Annual report on the Civil Veterinary Department, Burma (including the Insein Veterinary School) - 1910-1922
Year: 1910
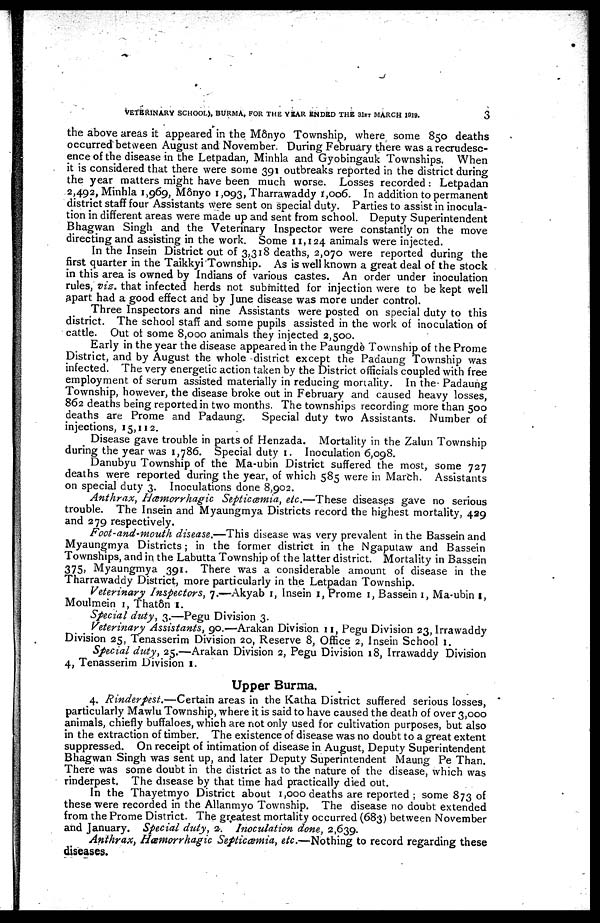
VETERINARY SCHOOL), BURMA, FOR THE YEAR ENDED THE 31ST MARCH 1910.
3
the above areas it appeared in the Mônyo Township, where some 850 deaths
occurred between August and November. During February there was a recrudesc-
ence of the disease in the Letpadan, Minhla and Gyobingauk Townships. When
it is considered that there were some 391 outbreaks reported in the district during
the year matters might have been much worse. Losses recorded: Letpadan
2,492, Minhla 1,969, Mônyo 1,093, Tharrawaddy 1,006. In addition to permanent
district staff four Assistants were sent on special duty. Parties to assist in inocula-
tion in different areas were made up and sent from school. Deputy Superintendent
Bhagwan Singh and the Veterinary Inspector were constantly on the move
directing and assisting in the work. Some 11,124 animals were injected.
In the Insein District out of 3,318 deaths, 2,070 were reported during the
first quarter in the Taikkyi Township. As is well known a great deal of the stock
in this area is owned by Indians of various castes. An order under inoculation
rules, viz. that infected herds not submitted for injection were to be kept well
apart had a good effect and by June disease was more under control.
Three Inspectors and nine Assistants were posted on special duty to this
district. The school staff and some pupils assisted in the work of inoculation of
cattle. Out of some 8,000 animals they injected 2,500.
Early in the year the disease appeared in the Paungdè Township of the Prome
District, and by August the whole district except the Padaung Township was
infected. The very energetic action taken by the District officials coupled with free
employment of serum assisted materially in reducing mortality. In the Padaung
Township, however, the disease broke out in February and caused heavy losses,
862 deaths being reported in two months. The townships recording more than 500
deaths are Prome and Padaung. Special duty two Assistants. Number of
injections, 15,112.
Disease gave trouble in parts of Henzada. Mortality in the Zalun Township
during the year was 1,786. Special duty 1. Inoculation 6,098.
Danubyu Township of the Ma.ubin District suffered the most, some 727
deaths were reported during the year, of which 585 were in March. Assistants
on special duty 3. Inoculations done 8,902.
Anthrax, Hæmorrhagic Septicæmia, etc.—These diseases gave no serious
trouble. The Insein and Myaungmya Districts record the highest mortality, 429
and 279 respectively.
Foot-and-mouth disease.—This disease was very prevalent in the Bassein and
Myaungmya Districts; in the former district in the Ngaputaw and Bassein
Townships, and in the Labutta Township of the latter district. Mortality in Bassein
375, Myaungmya 391. There was a considerable amount of disease in the
Tharrawaddy District, more particularly in the Letpadan Township.
Veterinary Inspectors, 7.—Akyab 1, Insein 1, Prome 1, Bassein 1, Ma.ubin 1,
Moulmein 1, Thatôn 1.
Special duty, 3.—Pegu Division 3.
Veterinary Assistants, 90.—Arakan Division 11, Pegu Division 23, Irrawaddy
Division 25, Tenasserim Division 20, Reserve 8, Office 2, Insein School 1.
Special duty, 25.—Arakan Division 2, Pegu Division 18, Irrawaddy Division
4, Tenasserim Division 1.
Upper Burma.
4. Rinderpest.—Certain areas in the Katha District suffered serious losses,
particularly Mawlu Township, where it is said to have caused the death of over 3,000
animals, chiefly buffaloes, which are not only used for cultivation purposes, but also
in the extraction of timber. The existence of disease was no doubt to a great extent
suppressed. On receipt of intimation of disease in August, Deputy Superintendent
Bhagwan Singh was sent up, and later Deputy Superintendent Maung Pe Than.
There was some doubt in the district as to the nature of the disease, which was
rinderpest. The disease by that time had practically died out.
In the Thayetmyo District about 1,000 deaths are reported; some 873 of
these were recorded in the Allanmyo Township. The disease no doubt extended
from the Prome District. The greatest mortality occurred (683) between November
and January. Special duty, 2. Inoculation done, 2,639.
Anthrax, Hæmorrhagic Septicæmia, etc.—Nothing to record regarding these
diseases.